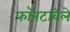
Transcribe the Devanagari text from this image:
फॉनटविले